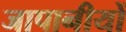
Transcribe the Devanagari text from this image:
जापानीयों